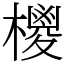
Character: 㯶